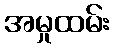
အမှုထမ်း